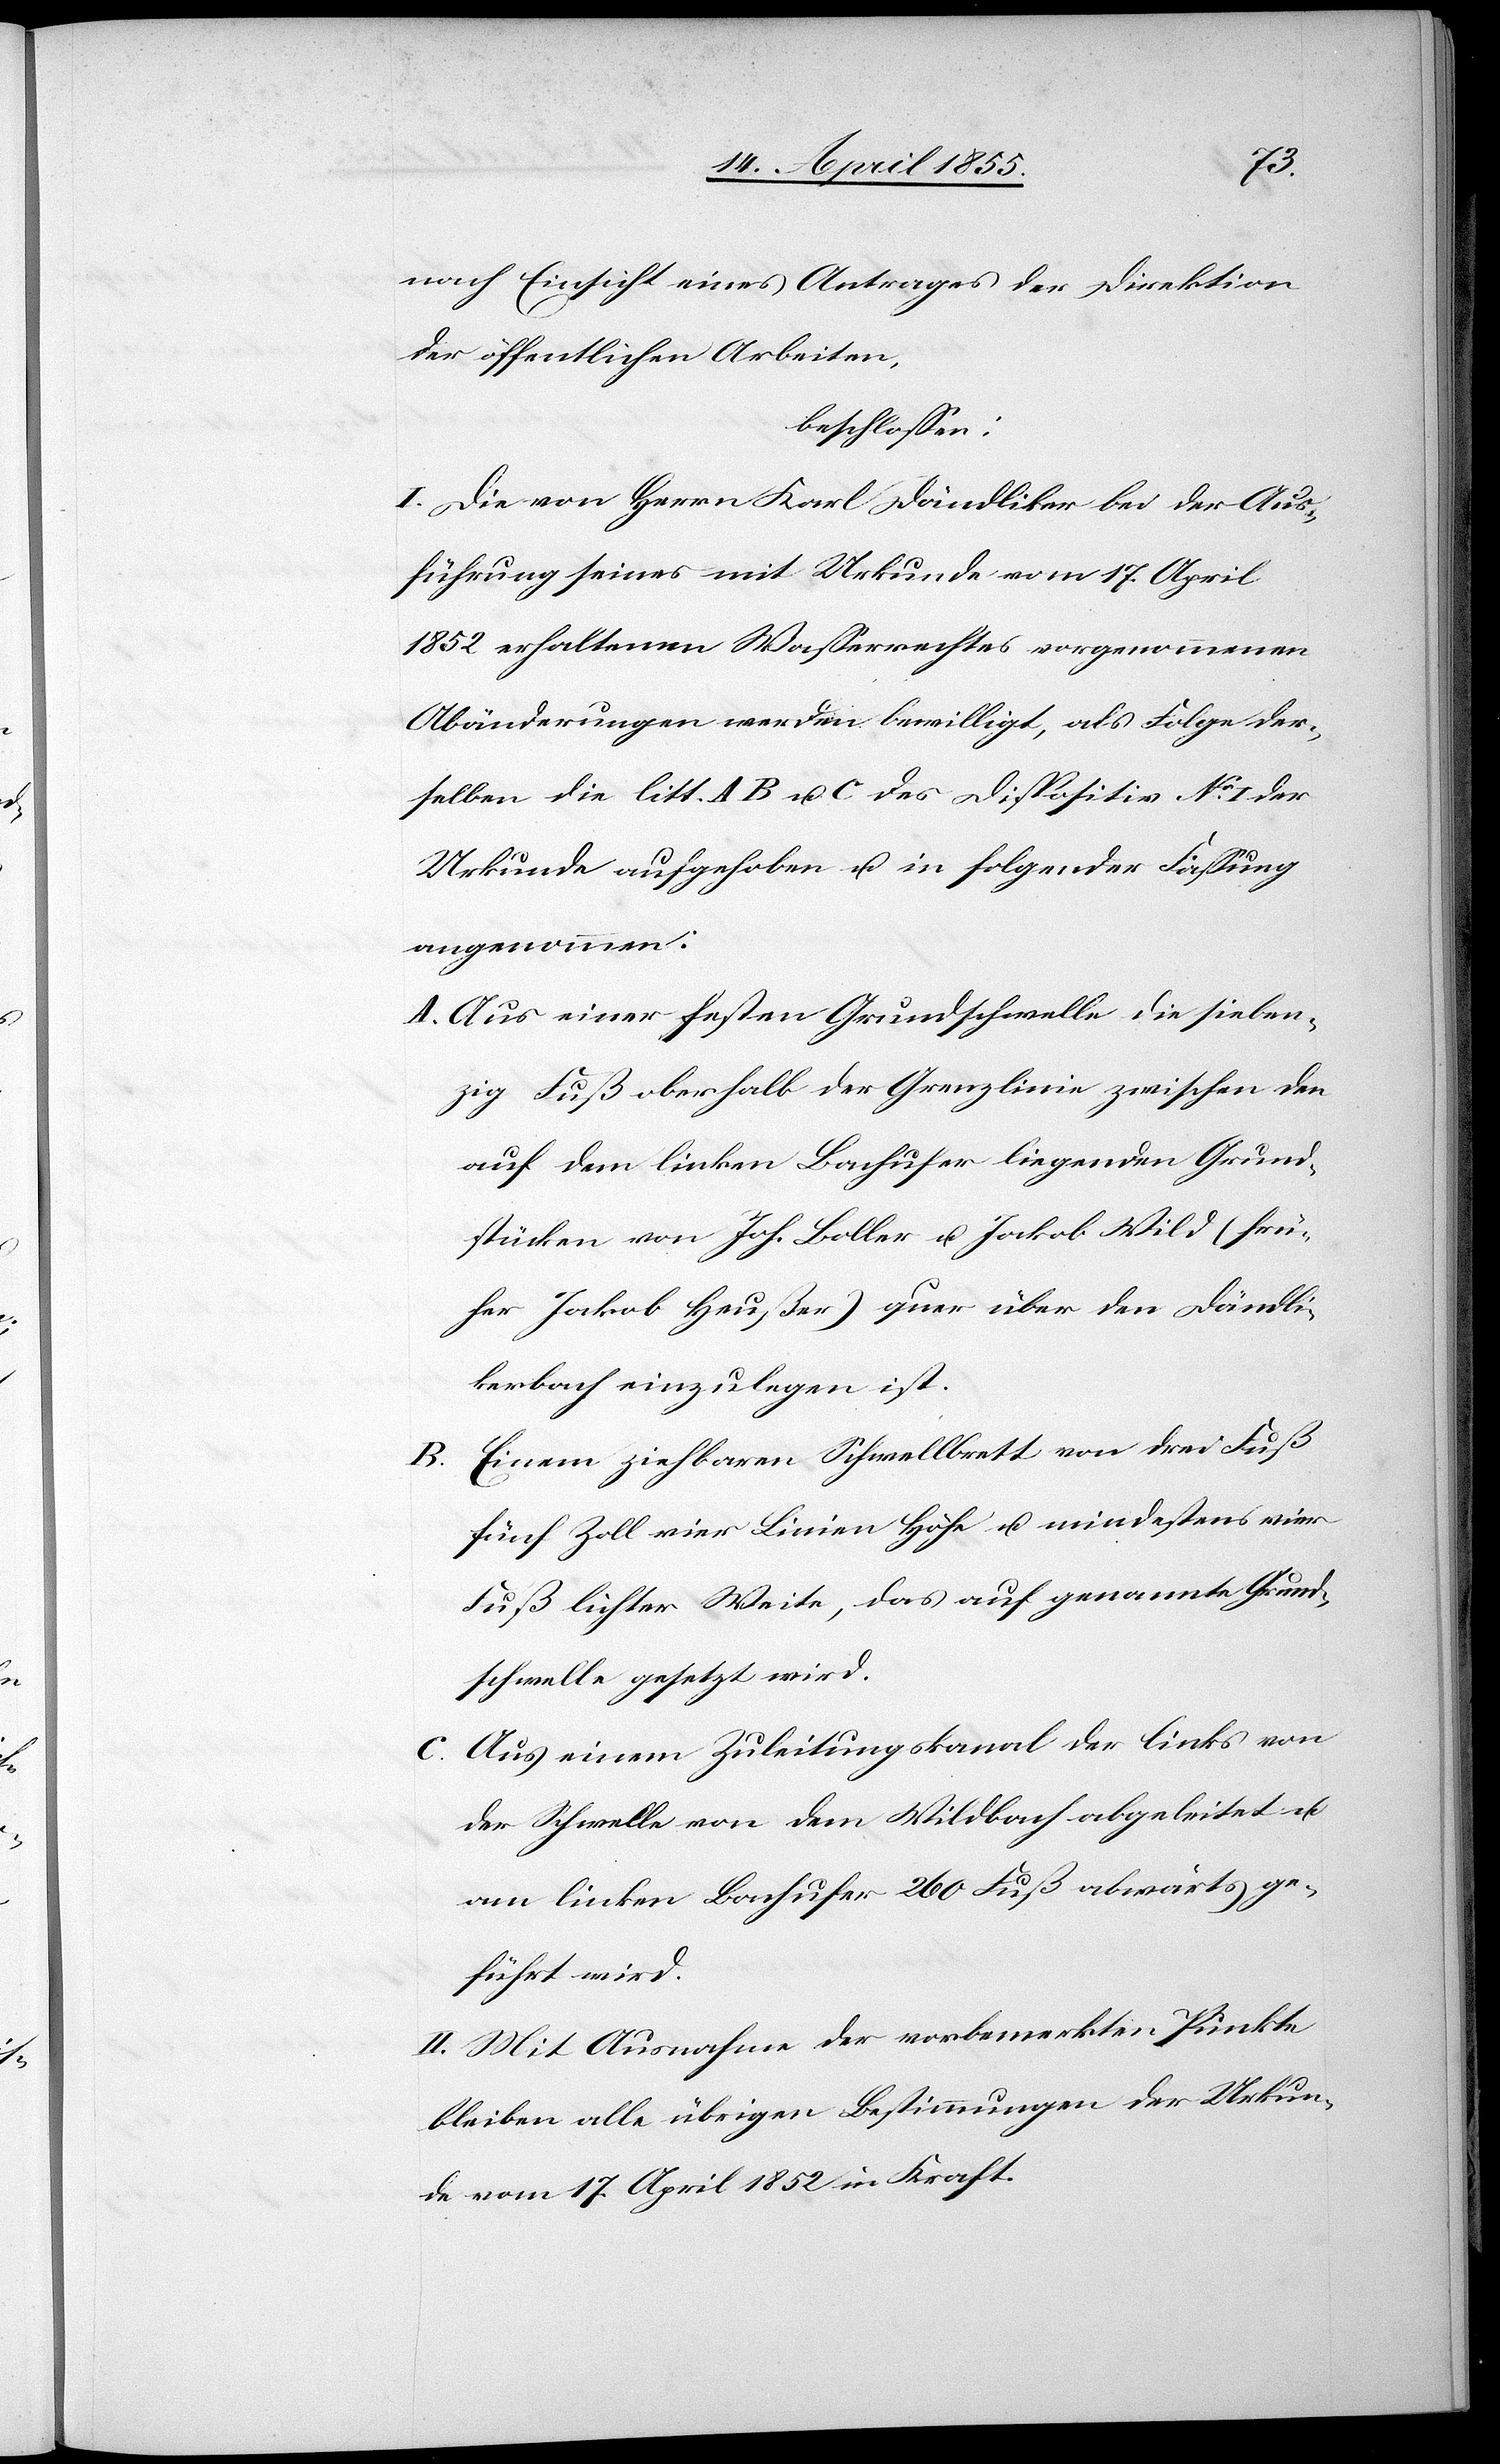
nach Einsicht eines Antrages der Direktion
der öffentlichen Arbeiten,
beschlossen:
I. Die von Herrn Karl Dändliker bei der Aus¬
führung seines mit Urkunde vom 17. April
1852 erhaltenen Wasserrechtes vorgenommenen
Abänderungen werden bewilligt, als Folge der¬
selben die litt. A[,] B u. C des Dispositiv No I der
Urkunde aufgehoben u. in folgender Fassung
angenommen:
Aus einer festen Grundschwelle die sieben¬
zig Fuß oberhalb der Grenzlinie zwischen den
auf dem linken Bachufer liegenden Grund¬
stücken von Joh. Boller u. Jakob Wild (frü¬
her Jakob Heußer) quer über den Dändli¬
kerbach einzulegen ist.
Einem ziehbaren Schwellbrett von drei Fuß
fünf Zoll vier Linien Höhe u. mindestens vier
Fuß lichter Weite, das auf genannte Grund¬
schwelle gesetzt wird.
Aus einem Zuleitungskanal der links von
der Schwelle von dem Wildbach abgeleitet u.
am linken Bachufer 260 Fuß abwärts ge¬
führt wird.
II. Mit Ausnahme der vorbemerkten Punkte
bleiben alle übrigen Bestimmungen der Urkun¬
de vom 17. April 1852 in Kraft.